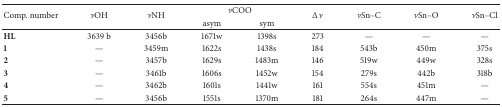
<table><thead><tr><td rowspan="2"><b>Comp. number</b></td><td rowspan="2"><b><i>ν</i>OH</b></td><td rowspan="2"><b><i>ν</i>NH</b></td><td colspan="2"><b><i>ν</i>COO</b></td><td rowspan="2"><b>Δ<i>ν</i></b></td><td rowspan="2"><b><i>ν</i>Sn–C</b></td><td rowspan="2"><b><i>ν</i>Sn–O</b></td><td rowspan="2"><b><i>ν</i>Sn–Cl</b></td></tr><tr><td><b>asym</b></td><td><b>sym</b></td></tr></thead><tbody><tr><td><b>HL</b></td><td>3639 b</td><td>3456b</td><td>1671w</td><td>1398s</td><td>273</td><td>—</td><td>—</td><td>—</td></tr><tr><td><b>1</b></td><td>—</td><td>3459m</td><td>1622s</td><td>1438s</td><td>184</td><td>543b</td><td>450m</td><td>375s</td></tr><tr><td><b>2</b></td><td>—</td><td>3457b</td><td>1629s</td><td>1483m</td><td>146</td><td>519w</td><td>449w</td><td>328s</td></tr><tr><td><b>3</b></td><td>—</td><td>3461b</td><td>1606s</td><td>1452w</td><td>154</td><td>279s</td><td>442b</td><td>318b</td></tr><tr><td><b>4</b></td><td>—</td><td>3462b</td><td>1601s</td><td>1441w</td><td>161</td><td>554s</td><td>451m</td><td>—</td></tr><tr><td><b>5</b></td><td>—</td><td>3456b</td><td>1551s</td><td>1370m</td><td>181</td><td>264s</td><td>447m</td><td>—</td></tr></tbody></table>